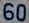
60